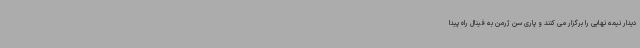
دیدار نیمه نهایی را برگزار می کنند و پاری سن ژرمن به فینال راه پیدا